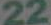
22